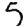
Digit: 5